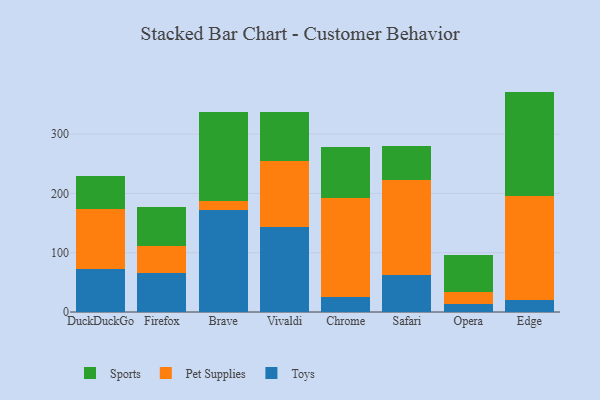
{"axis": {"x": "Browser", "y": "Market Share (%)"}, "legend": ["Pet Supplies", "Sports", "Toys"], "data": [{"x": "DuckDuckGo", "y": 71.8, "type": "Toys"}, {"x": "DuckDuckGo", "y": 101.3, "type": "Pet Supplies"}, {"x": "DuckDuckGo", "y": 56.1, "type": "Sports"}, {"x": "Firefox", "y": 65.7, "type": "Toys"}, {"x": "Firefox", "y": 45.7, "type": "Pet Supplies"}, {"x": "Firefox", "y": 65.2, "type": "Sports"}, {"x": "Brave", "y": 171.2, "type": "Toys"}, {"x": "Brave", "y": 16.2, "type": "Pet Supplies"}, {"x": "Brave", "y": 150.3, "type": "Sports"}, {"x": "Vivaldi", "y": 144.0, "type": "Toys"}, {"x": "Vivaldi", "y": 110.6, "type": "Pet Supplies"}, {"x": "Vivaldi", "y": 82.5, "type": "Sports"}, {"x": "Chrome", "y": 24.6, "type": "Toys"}, {"x": "Chrome", "y": 167.9, "type": "Pet Supplies"}, {"x": "Chrome", "y": 85.5, "type": "Sports"}, {"x": "Safari", "y": 62.8, "type": "Toys"}, {"x": "Safari", "y": 159.9, "type": "Pet Supplies"}, {"x": "Safari", "y": 56.7, "type": "Sports"}, {"x": "Opera", "y": 13.2, "type": "Toys"}, {"x": "Opera", "y": 20.6, "type": "Pet Supplies"}, {"x": "Opera", "y": 62.5, "type": "Sports"}, {"x": "Edge", "y": 20.4, "type": "Toys"}, {"x": "Edge", "y": 176.0, "type": "Pet Supplies"}, {"x": "Edge", "y": 175.3, "type": "Sports"}]}